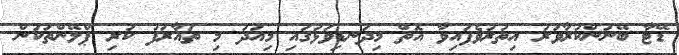
ޑޭޓާ ބޭނުންކުރާވަރު އިތުރުވެފައިވާ އޮތް މިދަނޑިވަޅުގައި މިއަދު މި ތައާރަފު ކުރި ޕްލޭންތަކުން